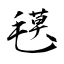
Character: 氁